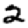
Digit: 2